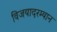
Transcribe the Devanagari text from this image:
विजयादरम्यान